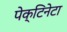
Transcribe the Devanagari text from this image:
पेक्टिनेटा